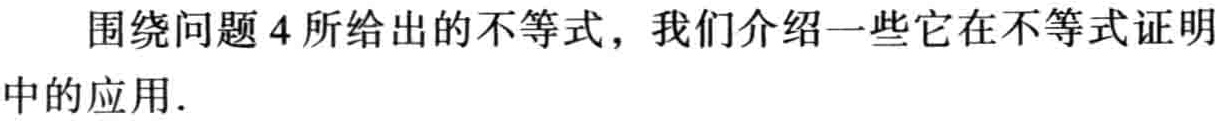
围绕问题 4 所给出的不等式，我们介绍一些它在不等式证明中的应用.